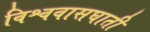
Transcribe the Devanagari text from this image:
विश्ववासघाती